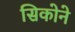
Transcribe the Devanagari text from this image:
सिकोने